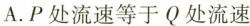
温水A.P处流速等于Q处流速